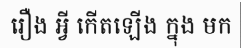
រឿង អ្វី កើតឡើង ក្នុង មក